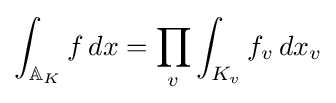
\int _{\mathbb {A} _{K}}f\,dx=\prod _{v}\int _{K_{v}}f_{v}\,dx_{v}